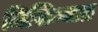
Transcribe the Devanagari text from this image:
मिसिम्यात